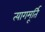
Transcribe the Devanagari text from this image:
त्यागमूर्ति